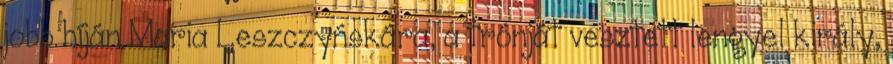
jobb híján Maria Leszczyńskára, a trónját vesztett lengyel király,